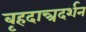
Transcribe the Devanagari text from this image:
बृहदान्त्रदर्शन